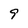
Character: 9